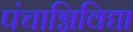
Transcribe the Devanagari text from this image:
पंचाग्निविद्या